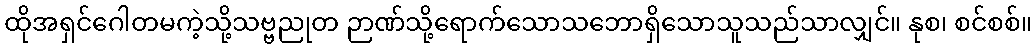
ထိုအရှင်ဂေါတမကဲ့သို့သဗ္ဗညုတ ဉာဏ်သို့ရောက်သောသဘောရှိသောသူသည်သာလျှင်။ နုစ၊ စင်စစ်။